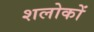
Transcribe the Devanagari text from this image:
शलोकों